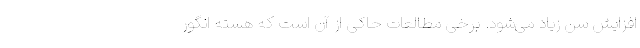
افزایش سن زیاد می‌شود. برخی مطالعات حاکی از آن است که هسته انگور